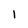
Character: l